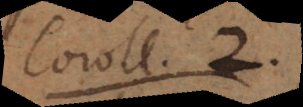
coroll. 2.